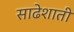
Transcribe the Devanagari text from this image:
साढेशाती